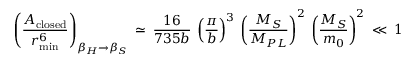
\left( \frac { { \cal A } _ { \mathrm { c l o s e d } } } { r _ { \operatorname * { m i n } } ^ { 6 } } \right) _ { \beta _ { H } \to \beta _ { S } } \: \simeq \: \frac { 1 6 } { 7 3 5 b } \: \left( \frac { \pi } { b } \right) ^ { 3 } \: \left( \frac { M _ { S } } { M _ { P L } } \right) ^ { 2 } \: \left( \frac { M _ { S } } { m _ { 0 } } \right) ^ { 2 } \: \ll \: 1